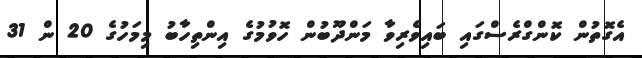
އެގޮތުން ކޮންގްރެސްގައި ބައިވެރިވާ މަންދޫބުން ހޮވުމުގެ އިންތިހާބު މިމަހުގެ 20 ން 31